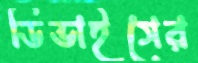
ডিভাইসের